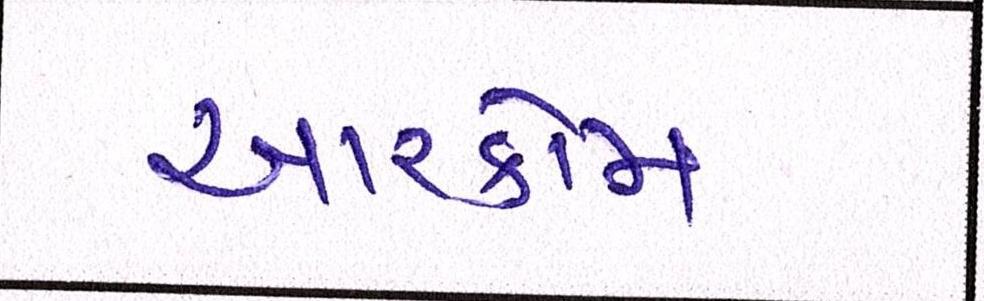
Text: આરકોમ